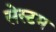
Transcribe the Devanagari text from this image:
सेस्टम